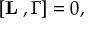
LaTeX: \lbrack \mathbf { L _ { \omega } } , \Gamma ] = 0 ,